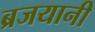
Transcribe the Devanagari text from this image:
ब्रजयानी